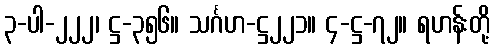
၃-ပါ-၂၂၂၊ ဋ္ဌ-၃၅၆။ သင်္ဂဟ-ဋ္ဌ၂၂၁။ ၄-ဋ္ဌ-၇၂။ ရဟန်းတို့